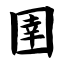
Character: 圉